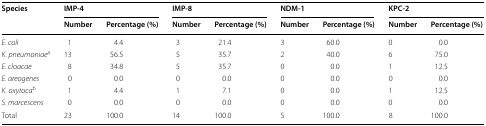
<table><thead><tr><td rowspan="2"><b>Species</b></td><td colspan="2"><b>IMP-4</b></td><td colspan="2"><b>IMP-8</b></td><td colspan="2"><b>NDM-1</b></td><td colspan="2"><b>KPC-2</b></td></tr><tr><td><b>Number</b></td><td><b>Percentage (%)</b></td><td><b>Number</b></td><td><b>Percentage (%)</b></td><td><b>Number</b></td><td><b>Percentage (%)</b></td><td><b>Number</b></td><td><b>Percentage (%)</b></td></tr></thead><tbody><tr><td><i>E. coli</i></td><td>1</td><td>4.4</td><td>3</td><td>21.4</td><td>3</td><td>60.0</td><td>0</td><td>0.0</td></tr><tr><td><i>K. pneumoniae</i><sup>a</sup></td><td>13</td><td>56.5</td><td>5</td><td>35.7</td><td>2</td><td>40.0</td><td>6</td><td>75.0</td></tr><tr><td><i>E. cloacae</i></td><td>8</td><td>34.8</td><td>5</td><td>35.7</td><td>0</td><td>0.0</td><td>1</td><td>12.5</td></tr><tr><td><i>E. areogenes</i></td><td>0</td><td>0.0</td><td>0</td><td>0.0</td><td>0</td><td>0.0</td><td>0</td><td>0.0</td></tr><tr><td><i>K. oxytoca</i><sup>b</sup></td><td>1</td><td>4.4</td><td>1</td><td>7.1</td><td>0</td><td>0.0</td><td>1</td><td>12.5</td></tr><tr><td><i>S. marcescens</i></td><td>0</td><td>0.0</td><td>0</td><td>0.0</td><td>0</td><td>0.0</td><td>0</td><td>0.0</td></tr><tr><td>Total</td><td>23</td><td>100.0</td><td>14</td><td>100.0</td><td>5</td><td>100.0</td><td>8</td><td>100.0</td></tr></tbody></table>